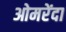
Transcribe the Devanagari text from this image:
ओमरेंदा